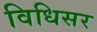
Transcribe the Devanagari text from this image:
विधिसर